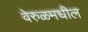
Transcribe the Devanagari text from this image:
वेरुळमधील